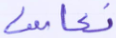
نعاسا